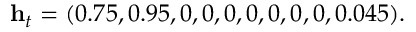
\mathbf { h } _ { t } = ( 0 . 7 5 , 0 . 9 5 , 0 , 0 , 0 , 0 , 0 , 0 , 0 , 0 . 0 4 5 ) .